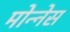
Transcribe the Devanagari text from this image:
मोन्‍नेस